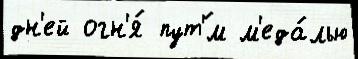
дн'ей огн'я́ пут'́м м'еда́лью